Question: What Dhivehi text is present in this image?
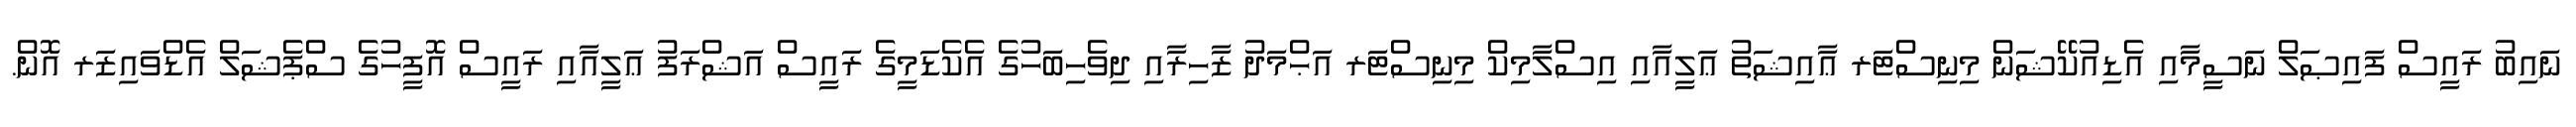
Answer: ނައިބު ރައީސް ފައިޞަލް ނަސީމާއި އެޑިއުކޭޝަން މިނިސްޓަރ ޢާއިޝަތު ޢަލީއާއި އިސްލާމިކް މިނިސްޓަރ އަޙްމަދު ޒާހިރާއި ދިވެހިބަހުގެ އެކެޑަމީގެ ރައީސް އަޝްރަފު ޢަލީއާއި ރައީސް އޮފީހުގެ ސްޕެޝަލް އެޑްވައިޒަރ އޮން.